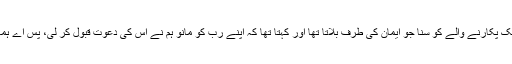
ہم نے ایک پکارنے والے کو سنا جو ایمان کی طرف بلاتا تھا اور کہتا تھا کہ اپنے رب کو مانو ہم نے اس کی دعوت قبول کر لی، پس اے ہمارے آقا!